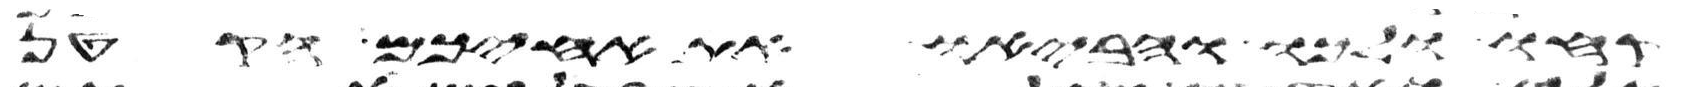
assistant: קחו ולכו והביאו את אחיכם הקטן